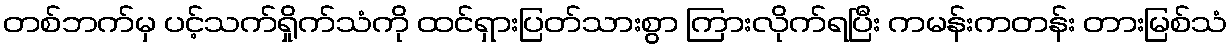
တစ်ဘက်မှ ပင့်သက်ရှိုက်သံကို ထင်ရှားပြတ်သားစွာ ကြားလိုက်ရပြီး ကမန်းကတန်း တားမြစ်သံ